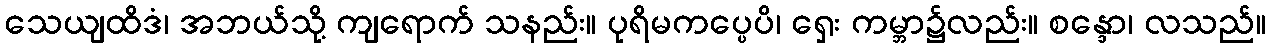
သေယျထိဒံ၊ အဘယ်သို့ ကျရောက် သနည်း။ ပုရိမကပ္ပေပိ၊ ရှေး ကမ္ဘာ၌လည်း။ စန္ဒော၊ လသည်။